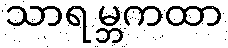
သာရမ္ဘကထာ